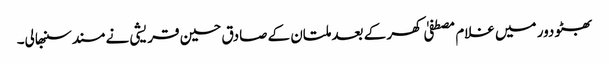
بھٹو دور میں غلام مصطفیٰ کھر کے بعد ملتان کے صادق حسین قریشی نے مسند سنبھالی۔